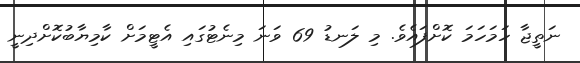
ނަތީޖާ ހަމަހަމަ ކޮށްފައެވެ. މި ލަނޑު 69 ވަނަ މިނެޓުގައި އެޓީމަށް ކާމިޔާބުކޮށްދިނީ